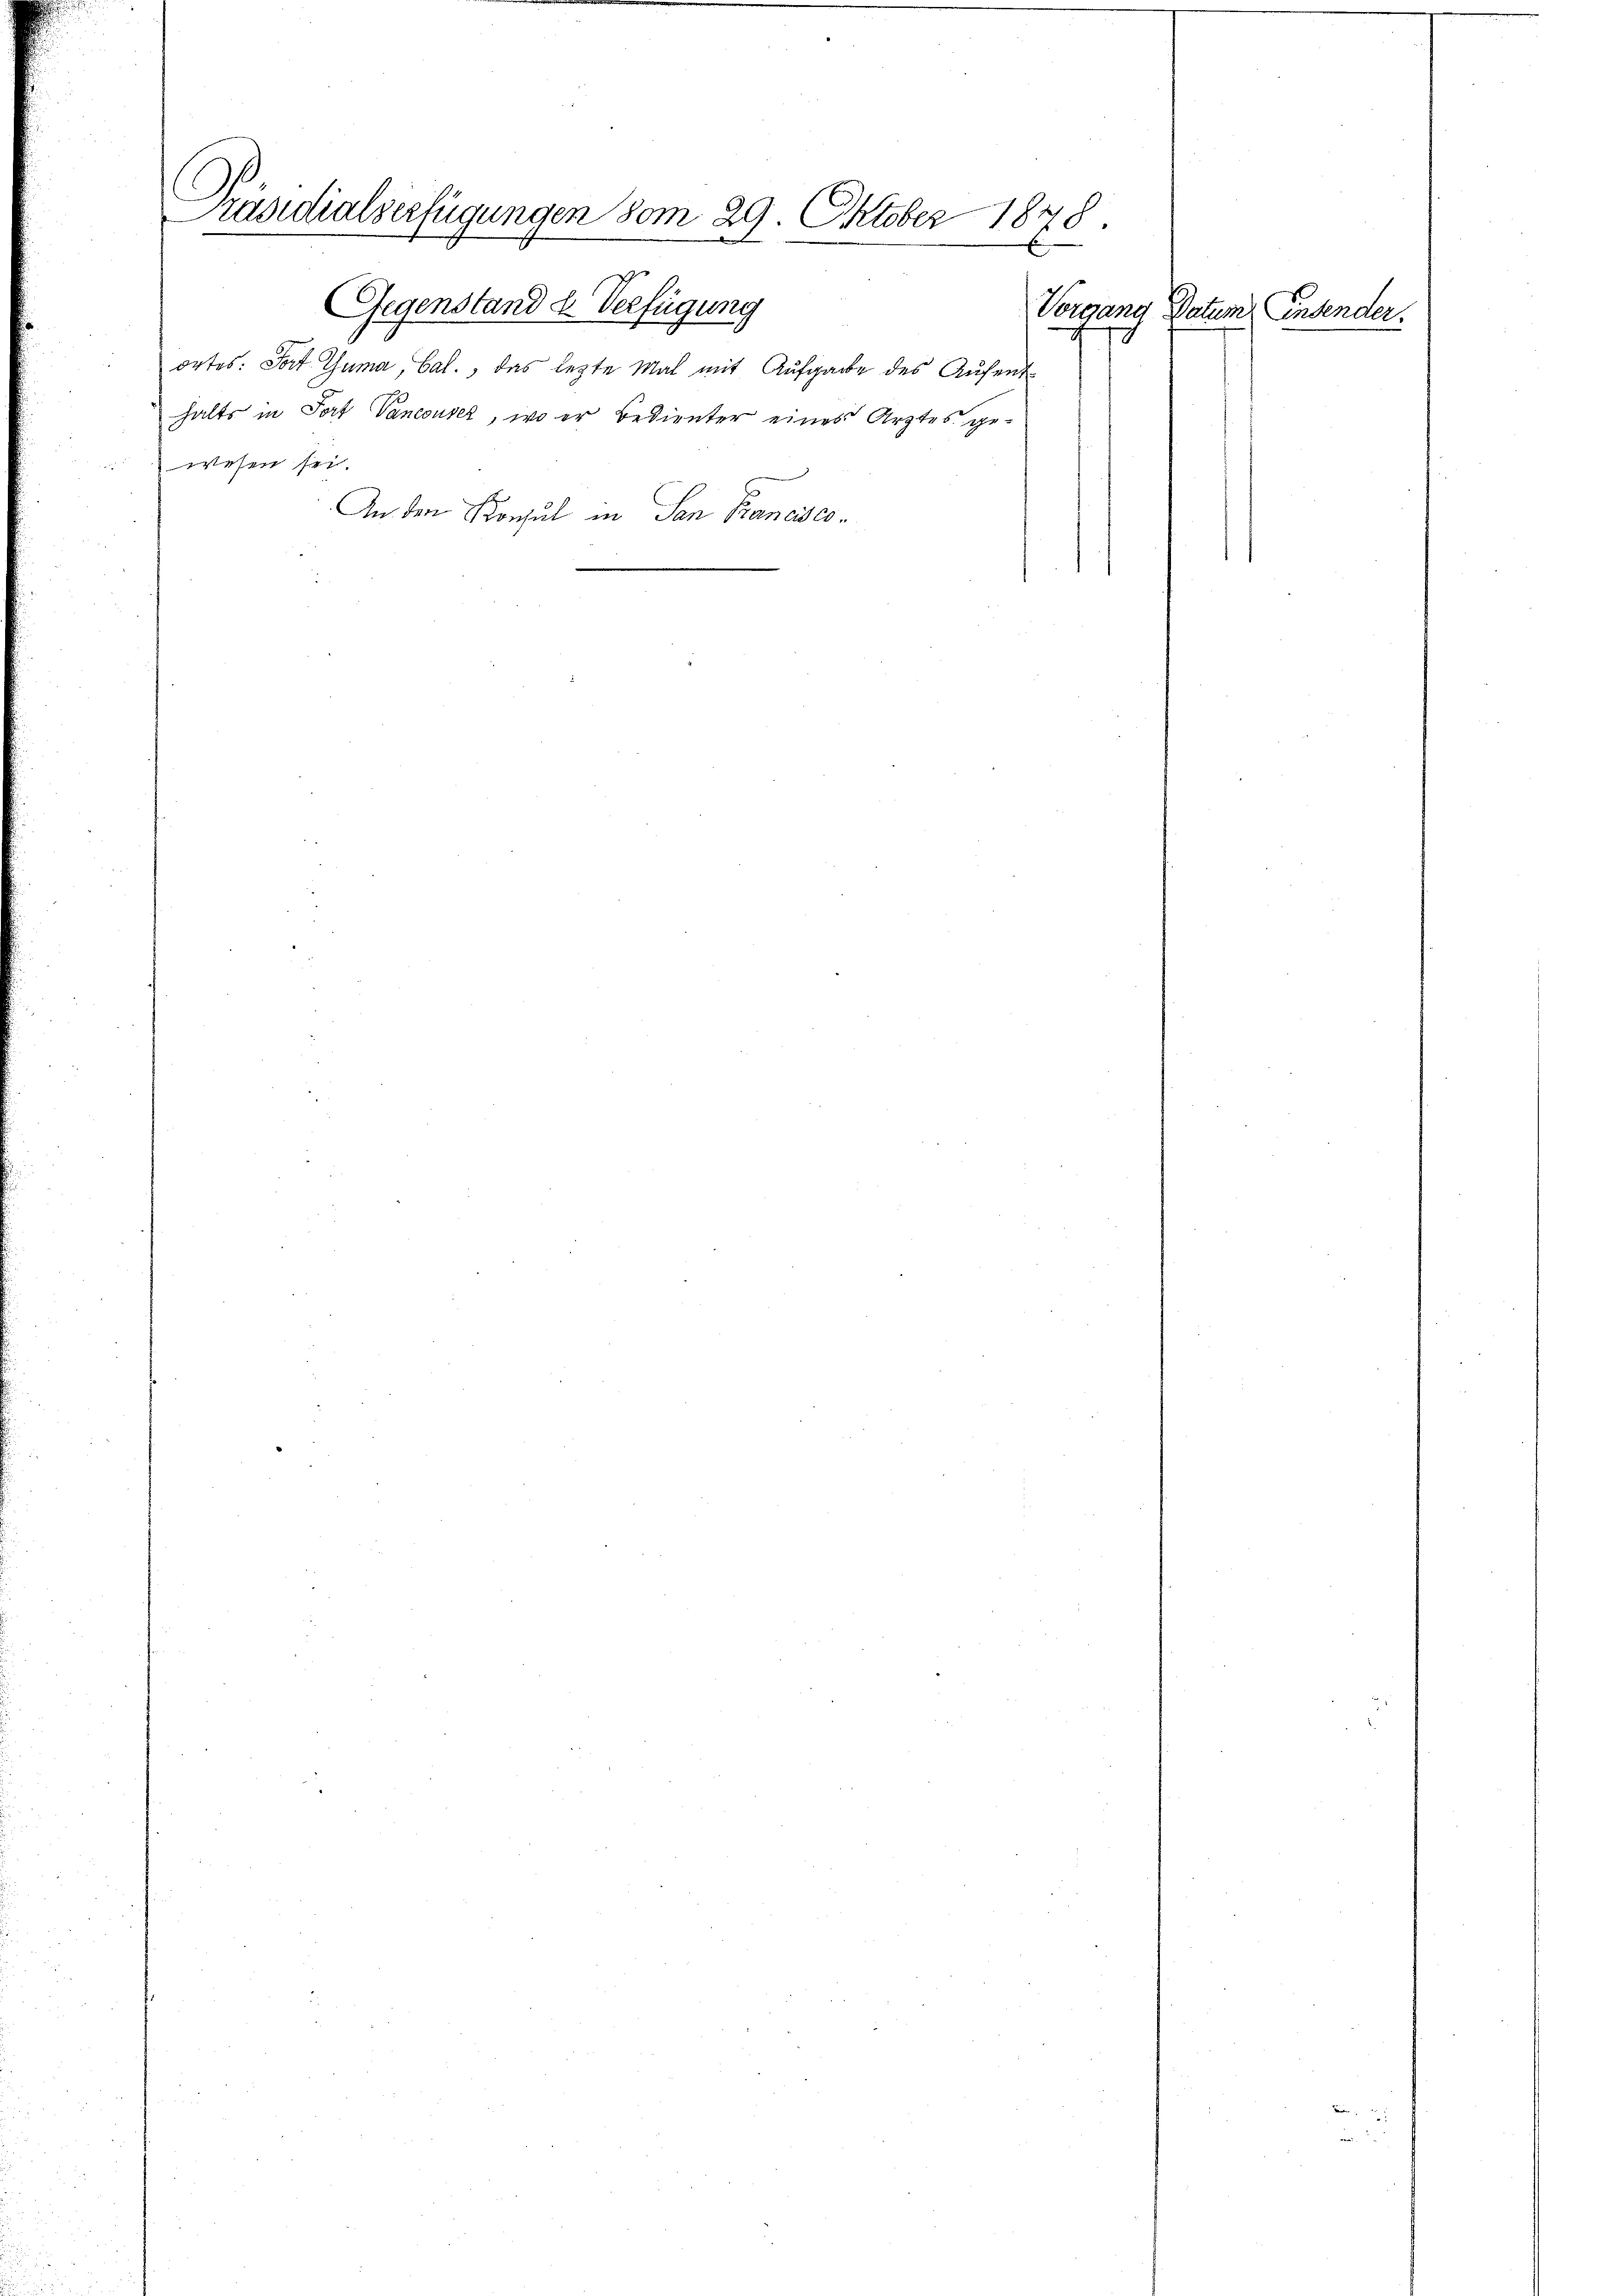
Präsidialserfügungen vom 29. Oktober 1878.

g

Gegenstand u. Verfügung
ortes: Fort Guma, Cal., das lezte Mal mit Aufgabe des Aŭfent
halts in Fort Vaneouse, wo er bedienter eines Arztes ge-
wesen sei.
An den Konsul in San Francisco¬

Vergang Datum, Endender.